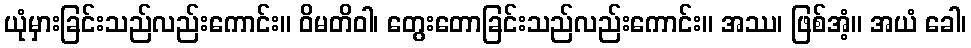
ယုံမှားခြင်းသည်လည်းကောင်း။ ဝိမတိဝါ၊ တွေးတောခြင်းသည်လည်းကောင်း။ အဿ၊ ဖြစ်အံ့။ အယံ ခေါ၊